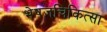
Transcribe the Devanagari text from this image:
भेषजचिकित्सा